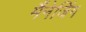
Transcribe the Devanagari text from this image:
मैंनेजिंग